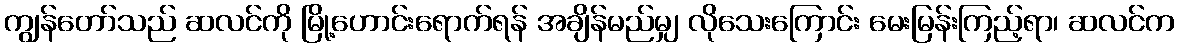
ကျွန်တော်သည် ဆလင်ကို မြို့ဟောင်းရောက်ရန် အချိန်မည်မျှ လိုသေးကြောင်း မေးမြန်းကြည့်ရာ၊ ဆလင်က